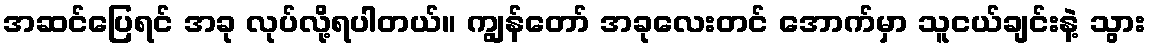
အဆင်ပြေရင် အခု လုပ်လို့ရပါတယ်။ ကျွန်တော် အခုလေးတင် အောက်မှာ သူငယ်ချင်းနဲ့ သွား